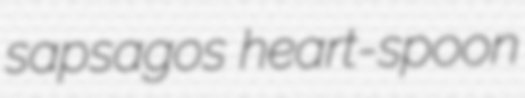
sapsagos heart-spoon